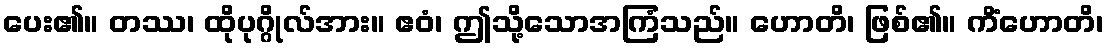
ပေး၏။ တဿ၊ ထိုပုဂ္ဂိုလ်အား။ ဧဝံ၊ ဤသို့သောအကြံသည်။ ဟောတိ၊ ဖြစ်၏။ ကိံဟောတိ၊